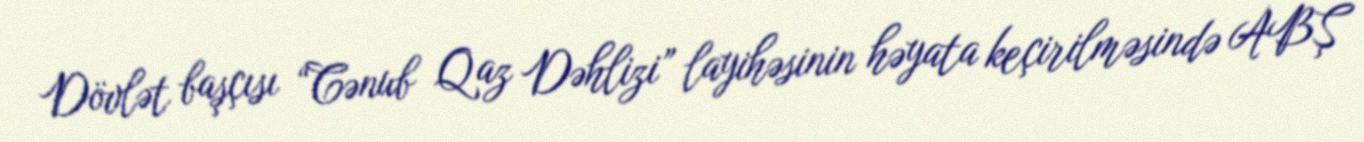
Dövlət başçısı “Cənub Qaz Dəhlizi” layihəsinin həyata keçirilməsində ABŞ